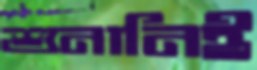
শুনানিই